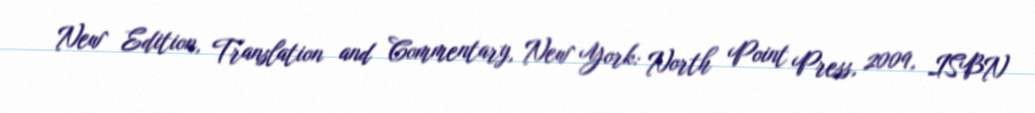
New Edition, Translation and Commentary, New York: North Point Press, 2009, ISBN